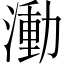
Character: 𬈭